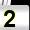
Digit: 2